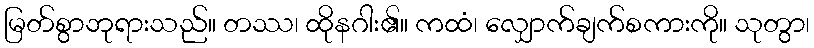
မြတ်စွာဘုရားသည်။ တဿ၊ ထိုနဂါး၏။ ကထံ၊ လျှောက်ချက်စကားကို။ သုတွာ၊